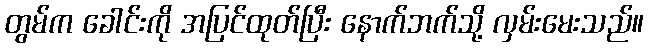
တွမ်က ခေါင်းကို အပြင်ထုတ်ပြီး နောက်ဘက်သို့ လှမ်းမေးသည်။